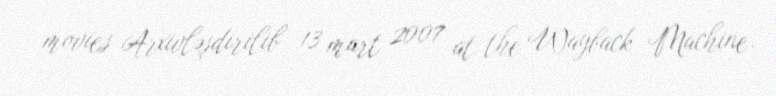
movies Arxivləşdirilib 13 mart 2007 at the Wayback Machine.